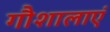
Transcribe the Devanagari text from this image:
गौशालाएं